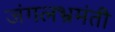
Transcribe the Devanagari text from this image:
जंगलभ्रमंती